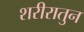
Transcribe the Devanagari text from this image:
शरीरातुन